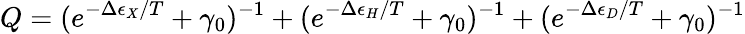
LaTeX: Q=(e^{-\Delta\epsilon_{X}/T}+\gamma_{0})^{-1}+(e^{-\Delta\epsilon_{H}/T}+\gamma_{0})^{-1}+(e^{-\Delta\epsilon_{D}/T}+\gamma_{0})^{-1}